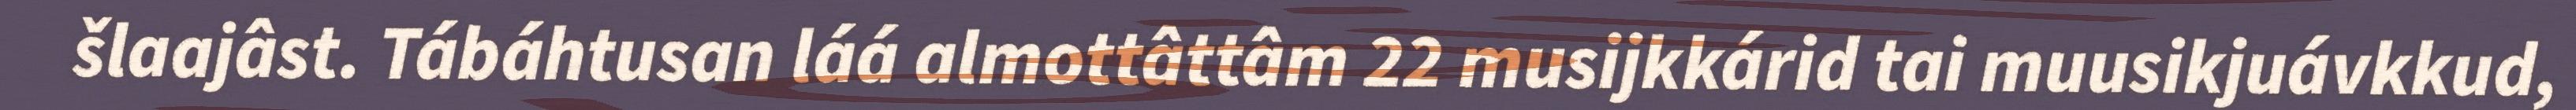
šlaajâst. Tábáhtusan láá almottâttâm 22 musijkkárid tai muusikjuávkkud,